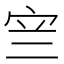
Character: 𭓨